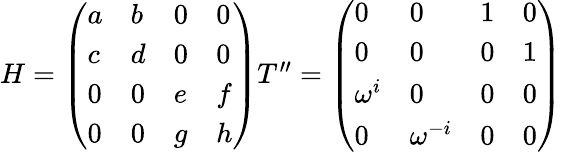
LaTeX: \begin{array}{c}{{H=\left(\begin{array}{llll}{{a}}&{{b}}&{{0}}&{{0}}\\ {{c}}&{{d}}&{{0}}&{{0}}\\ {{0}}&{{0}}&{{e}}&{{f}}\\ {{0}}&{{0}}&{{g}}&{{h}}\end{array}\right)T^{\prime\prime}=\left(\begin{array}{llll}{{0}}&{{0}}&{{1}}&{{0}}\\ {{0}}&{{0}}&{{0}}&{{1}}\\ {{\omega^{i}}}&{{0}}&{{0}}&{{0}}\\ {{0}}&{{\omega^{-i}}}&{{0}}&{{0}}\end{array}\right)}}\end{array}